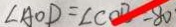
\angle A O D = \angle C O B - 8 0 ^ { \circ }